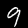
Digit: 9